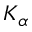
K _ { \alpha }